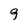
Character: 9